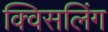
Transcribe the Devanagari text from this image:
क्विसलिंग